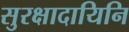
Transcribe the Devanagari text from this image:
सुरक्षादायिनि